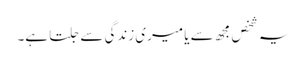
یہ شخص مجھ سے یا میری زندگی سے جلتا ہے۔